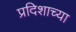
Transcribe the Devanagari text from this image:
प्रदिशाच्या